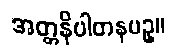
အတ္တနိပါတနပဥှ။